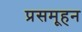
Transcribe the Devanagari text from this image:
प्रसमूहन